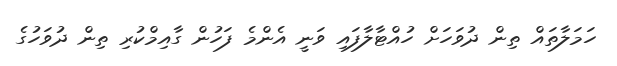
ހަމަލާތައް ތިން ދުވަހަށް ހުއްޓާލާފައި ވަނީ އެންމެ ފަހުން ގާއިމްކުރި ތިން ދުވަހުގެ